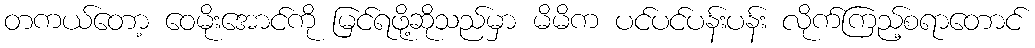
တကယ်တော့ ဝေမိုးအောင်ကို မြင်ရဖို့ဆိုသည်မှာ မိမိက ပင်ပင်ပန်းပန်း လိုက်ကြည့်စရာတောင်